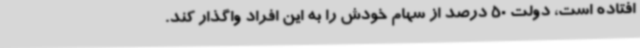
افتاده است، دولت 50 درصد از سهام خودش را به این افراد واگذار کند.